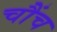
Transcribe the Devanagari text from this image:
चौंच